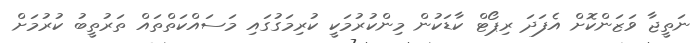
ނަތީޖާ ވަޒަންކޮށް އެފަދަ ރިޕޯޓް ކާޑަކުން މިންކުރުމަކީ ކުރިމަގުގައި މަސައްކަތްތައް ތަރުތީބު ކުރުމަށް